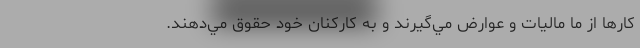
كارها از ما ماليات و عوارض مي‌گيرند و به كاركنان خود حقوق مي‌دهند.